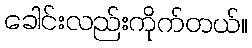
ခေါင်းလည်းကိုက်တယ်။